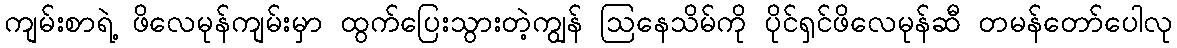
ကျမ်းစာရဲ့ ဖိလေမုန်ကျမ်းမှာ ထွက်ပြေးသွားတဲ့ကျွန် ဩနေသိမ်ကို ပိုင်ရှင်ဖိလေမုန်ဆီ တမန်တော်ပေါလု